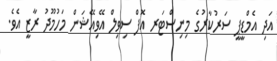
އަދި އެމްޑީޕީ ސަރުކާރުގެ މިނިސްޓަރ އޮފް ސިވިލް އޭވިއޭޝަން މަހުމޫދު ރާޒީ އެވެ.